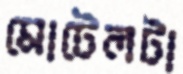
মোটেলটা